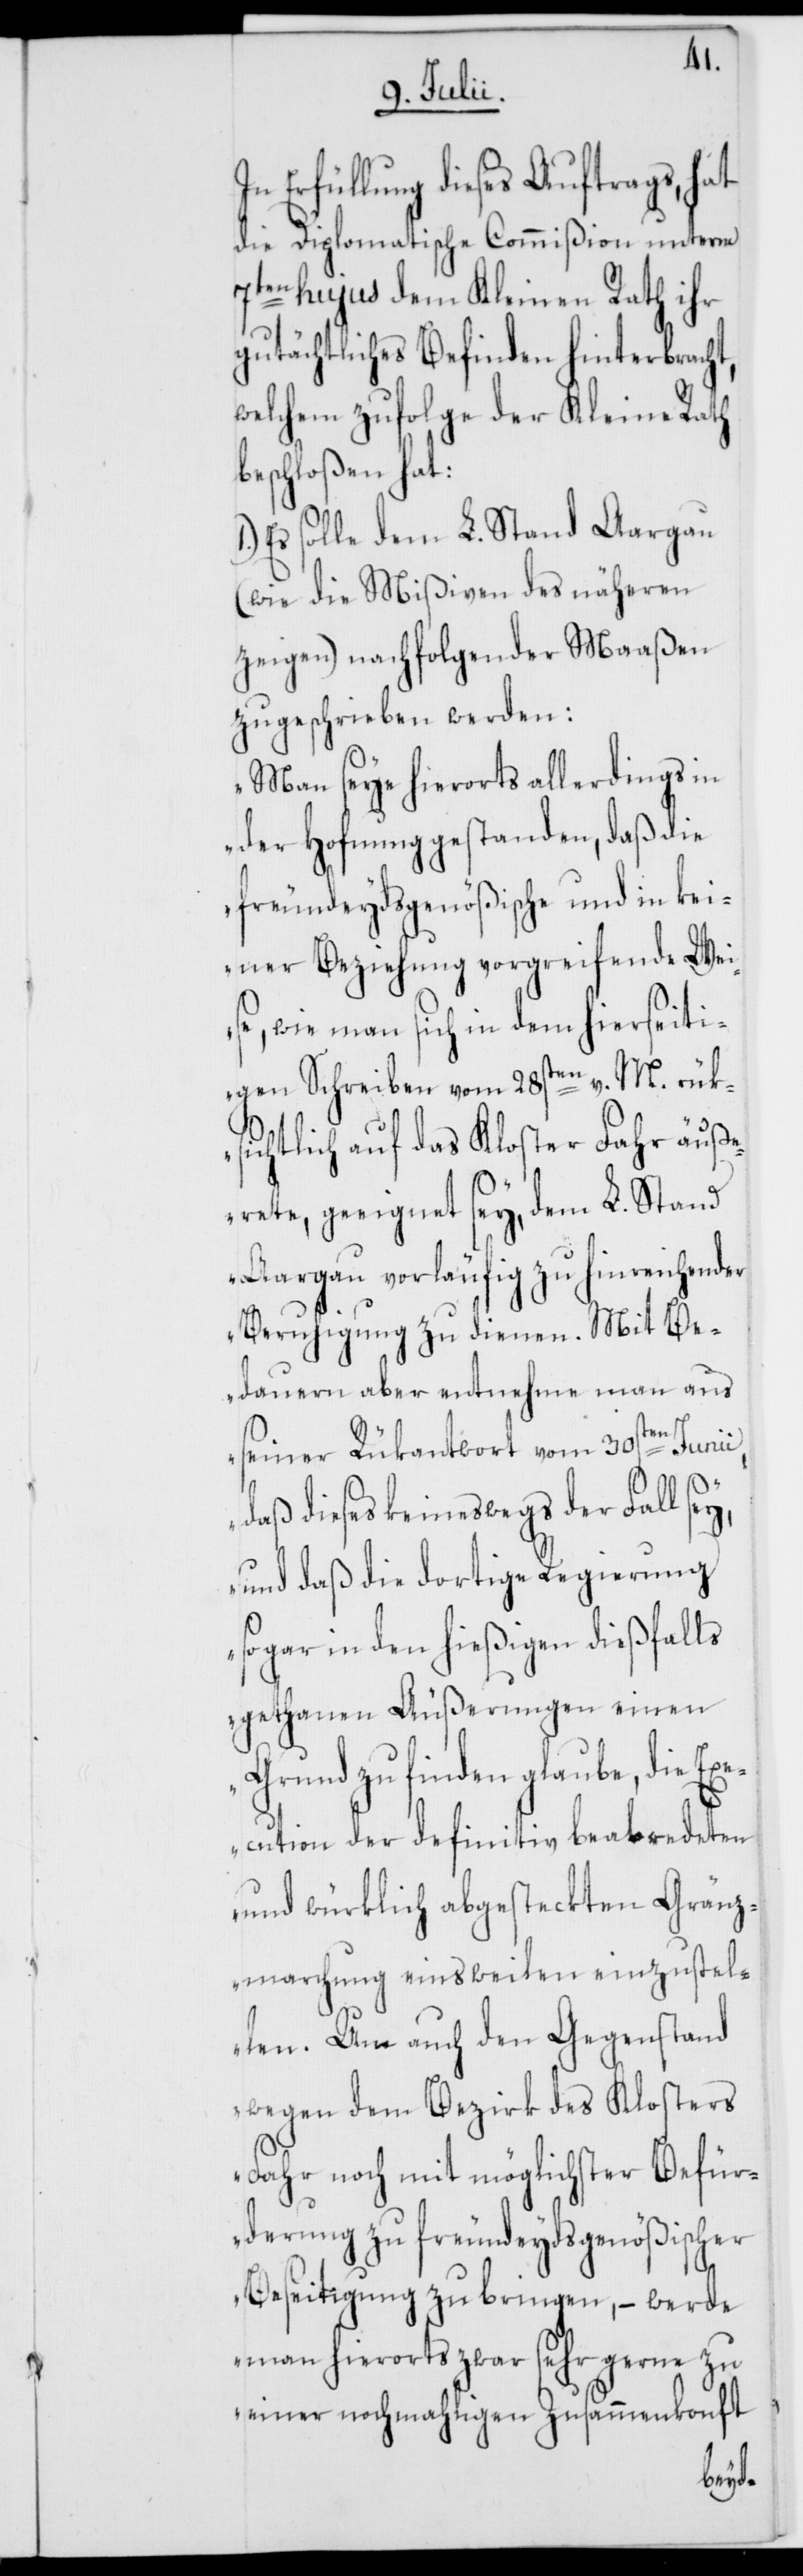
In Erfüllung dieses Auftrags, hat
die Diplomatische Commißion unterm
7ten hujus dem Kleinen Rath ihr
gutächtliches Befinden hinterbracht,
welchem zufolge der Kleine Rath
beschloßen hat:
Es solle dem L. Stand Aargau
(wie die Mißiven des näheren
zeigen) nachfolgender Maaßen
zugeschrieben werden:
„Man seye hierorts allerdings in
der Hofnung gestanden, daß die
freundeydsgenößische und in kei¬
ner Beziehung vorgreifende Wei¬
se, wie man sich in dem hierseiti¬
gen Schreiben vom 28sten v. M. rük¬
sichtlich auf das Kloster Fahr äuß¬
erete, geeignet sey, dem L. Stand
Aargau vorläufig zu hinreichender
Beruhigung zu dienen. Mit Be¬
dauern aber entnehme man aus
seiner Rükantwort vom 30sten Junii,
daß dieses keineswegs der Fall sey,
und daß die dortige Regierung
sogar in den hießigen dießfalls
gethanen Äußerungen einen
Grund zu finden glaube, die Exe¬
cution der definitiv beredeten
und würklich abgesteckten Gränz¬
marchung einsweilen einzustel¬
len. Um auch den Gegenstand
wegen dem Bezirk des Klosters
Fahr noch mit möglichster Befür¬
derung zu freundeydsgenößischer
Beseitigung zu bringen, – werde
man hierorts zwar sehr gerne zu
einer nochmahligen Zusammenkonft